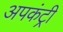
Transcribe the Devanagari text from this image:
अपकंट्री